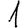
Digit: 1